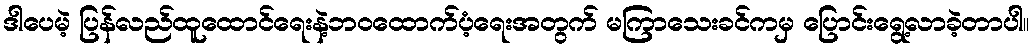
ဒါပေမဲ့ ပြန်လည်ထူထောင်ရေးနဲ့ဘဝထောက်ပံ့ရေးအတွက် မကြာသေးခင်ကမှ ပြောင်းရွေ့လာခဲ့တာပါ။